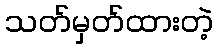
သတ်မှတ်ထားတဲ့